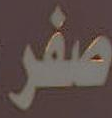
صفر